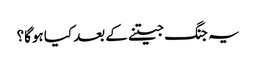
یہ جنگ جیتنے کے بعد کیا ہوگا؟